Annual report on the lock hospitals of the Madras Presidency
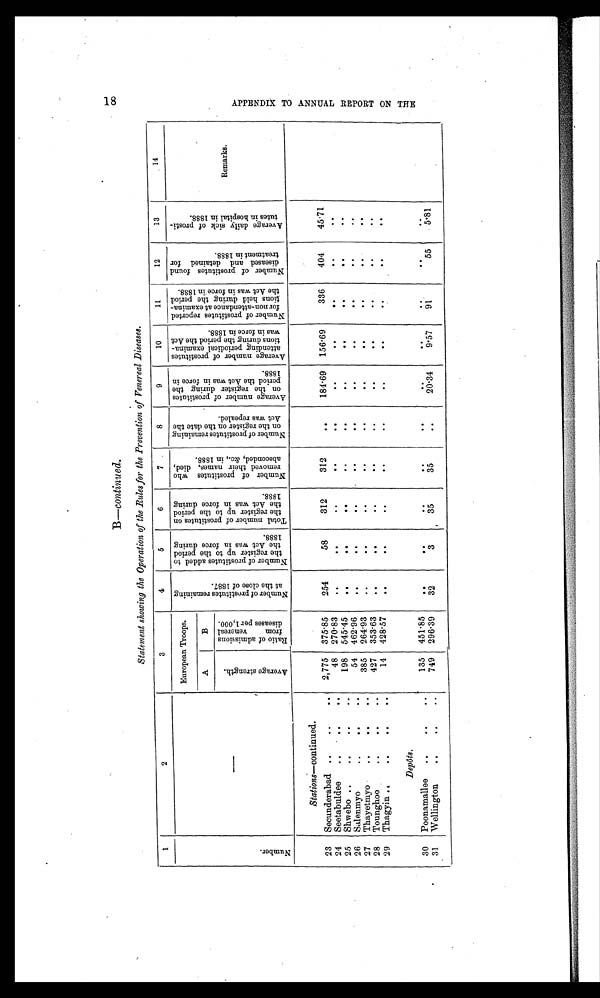
B-continued.
Statement showing the Operation of the Rules for the Prevention of Venereal Diseases.
1
2
3
4
5
6
7
8
9
10
11
12
13
14
N u m b e r .
—
European Troops.
N u m b e r o f p r o s t i t u t e s r e m a i n i n g a t t h e c l o s e o f 1 8 8 7 .
N u m b e r o f p r o s t i t u t e s a d d e d t o t h e r e g i s t e r u p t o t h e p e r i o d t h e A c t w a s i n f o r c e d u r i n g 1 8 8 8 .
T o t a l n u m b e r o f p r o s t i t u t e s o n t h e r e g i s t e r u p t o t h e p e r i o d t h e A c t w a s i n f o r c e d u r i n g 1 8 8 8 .
N u m b e r o f p r o s t i t u t e s w h o r e m o v e d t h e i r n a m e s , d i e d , a b s c o n d e d , & c . , i n 1 8 8 8 .
N u m b e r o f p r o s t i t u t e s r e m a i n i n g o n t h e r e g i s t e r o n t h e d a t e t h e A c t w a s r e p e a l e d .
A v e r a g e n u m b e r o f p r o s t i t u t e s o n t h e r e g i s t e r d u r i n g t h e p e r i o d t h e A c t w a s i n f o r c e i n 1 8 8 8 .
A v e r a g e n u m b e r o f p r o s t i t u t e s a t t e n d i n g p e r i o d i c a l e x a m i n a - t i o n s d u r i n g t h e p e r i o d t h e A c t w a s i n f o r c e i n 1 8 8 8 .
N u m b e r o f p r o s t i t u t e s r e p o r t e d f o r n o n - a t t e n d a n c e a t e x a m i n a - t i o n s h e l d d u r i n g t h e p e r i o d t h e A c t w a s i n f o r c e i n 1 8 8 8 .
N u m b e r o f p r o s t i t u t e s f o u n d d i s e a s e d a n d d e t a i n e d f o r t r e a t m e n t i n 1 8 8 8 .
A v e r a g e d a i l y s i c k o f p r o s t i t u t e s i n h o s p i t a l i n 1 8 8 8 .
Remarks.
A
B
A v e r a g e s t r e n g t h .
R a t i o o f a d m i s s i o n s f r o m v e n e r a l d i s e a s e s p e r 1 , 0 0 0 .
Stations-continued
.
23 Secunderabad ..
. .
2,775 375.85
254
58
312
312
..
1 8 4 . 6 9 156.69
336
404
45. 71
24 Seetabuldee
.. .. .. ..
48
270.83
. .
. .
. . . .
..
. .
. .
. .
. .
. .
25 Shwebo ..
..
..
198
5 4 5 . 4 5
. .
. .
. . ..
. .
. .
. .
. .
. .
. .
26 Salenmyo
..
..
54 462.96
. .
. .
. . . .
. .
..
..
. .
. .
. .
27 Thayetmyo
..
..
..
385
264.93
. .
. .
. . . .
. .
. .
. .
. .
. .
. .
28 Tounghoo
..
..
..
427 353.63
. .
..
. . . .
. .
. . ..
. .
. .
. .
29 Thagyin ..
..
..
..
14 428.57
. .
..
..
. .
. .
. . ..
..
..
..
Depôts.
30 Poonamallee ..
..
135 451.85
. .
. .
. . . .
. .
..
. .
..
. .
. .
31 Wellington
..
..
749 296.39
32
3
35
35
. .
20.34
9 . 5 7
91
55
5.81
1 8 A P P E N D I X T O A N N U A L R E P O R T O N T H E